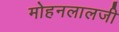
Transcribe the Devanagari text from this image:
मोहनलालजी